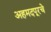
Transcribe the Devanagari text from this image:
अहमदपूरचे